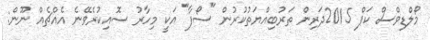
މޯލްޑިވްސް ކަޕް 2015ދަރިން ތަރުބިއްޔަތުކުރުން "ސޯފާ" އަކީ މިހާރު ސޮއިކުރެވޭނެ އެއްޗެއް ނޫން: